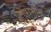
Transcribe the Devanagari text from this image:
श्लेषाभीय